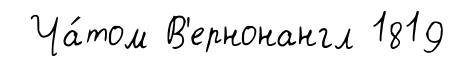
Ча́том В'ернонангл 1819